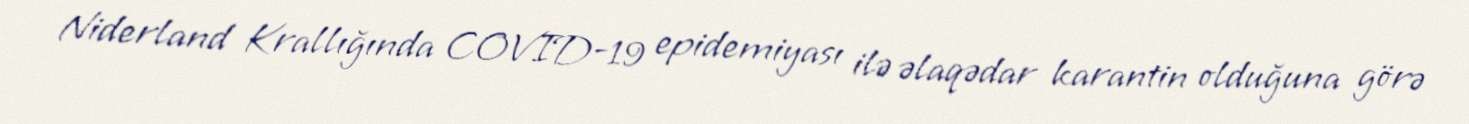
Niderland Krallığında COVID-19 epidemiyası ilə əlaqədar karantin olduğuna görə